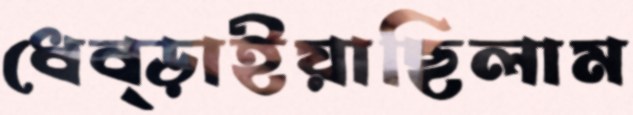
ধেব্‌ড়াইয়াছিলাম